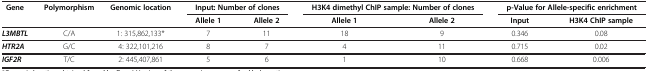
| Gene | Polymorphism | Genomic location | <COLSPAN=2> Input: Number of clones | <COLSPAN=2> H3K4 dimethyl ChIP sample: Number of clones | <COLSPAN=2> p-Value for Allele-specific enrichment |
 |  |  |  | Allele 1 | Allele 2 | Allele 1 | Allele 2 | Input | H3K4 ChIP sample |
 | --- | --- | --- | --- | --- | --- | --- | --- | --- |
 | L3MBTL | C/A | 1: 315,862,133* | 7 | 11 | 18 | 9 | 0.346 | 0.08 |
 | HTR2A | G/C | 4: 322,101,216 | 8 | 7 | 4 | 11 | 0.715 | 0.02 |
 | IGF2R | T/C | 2: 445,407,861 | 5 | 6 | 1 | 10 | 0.668 | 0.006 |